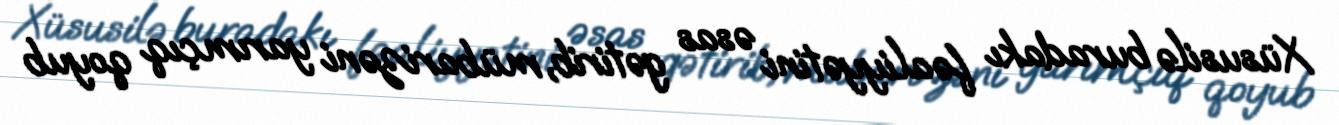
Xüsusilə buradakı fəaliyyətini əsas gətirib, mübarizəni yarımçıq qoyub